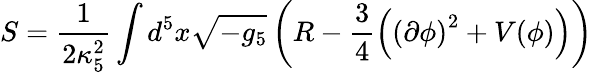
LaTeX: S=\frac{1}{2\kappa_{5}^{2}}\int d^{5}x\sqrt{-g_{5}}\left(R-\frac{3}{4}\left(\left(\partial\phi\right)^{2}+V(\phi)\right)\right)